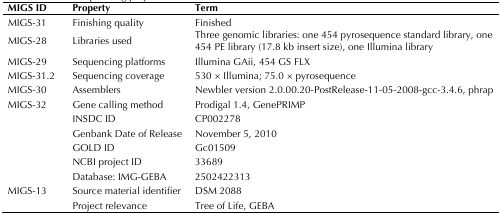
| MIGS ID | Property | Term |
 | --- | --- | --- |
 | MIGS-31 | Finishing quality | Finished |
 | MIGS-28 | Libraries used | Three genomic libraries:one 454 pyrosequence standard library,one 454 PE library (17.8 kb insert size),one Illumina library |
 | MIGS-29 | Sequencing platforms | Illumina GAii, 454 GS FLX |
 | MIGS-31.2 | Sequencing coverage | 530 × Illumina; 75.0 × pyrosequence |
 | MIGS-30 | Assemblers | Newbler version 2.0.00.20-PostRelease-11-05-2008-gcc-3.4.6, phrap |
 | MIGS-32 | Gene calling method | Prodigal 1.4, GenePRIMP |
 |  | INSDC ID | CP002278 |
 |  | Genbank Date of Release | November 5, 2010 |
 |  | GOLD ID | Gc01509 |
 |  | NCBI project ID | 33689 |
 |  | Database: IMG-GEBA | 2502422313 |
 | MIGS-13 | Source material identifier | DSM 2088 |
 |  | Project relevance | Tree of Life, GEBA |